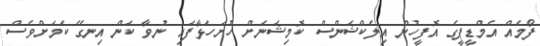
ފޯމެއް އެމްޑީޕީގެ އޮފީހުން އިލެކްޝަންސް ކޮމިޝަނަށް ހުށަހަޅާފައި ނުވާ ކަން އިނގޭ ކަމަށްވެސް